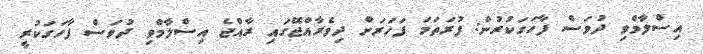
އިސްލާމްވި ދުވަސް ފާހަގަކުރުން: ފުރަތަމަ ފަހަރަށް ދިވެރާއްޖޭގައި ރާއްޖެ އިސްލާމްވި ދުވަސް ފާހަގަކުރީ